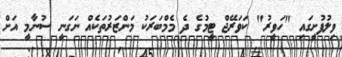
ވިލުފުށީގައި "ހަވީރު" ކަވަރޭޖް ޓީމުގެ ދެ މެމްބަރަކު މަންޒަރުތަކެއް ނަގަނީ ސުނާމީ އަށް